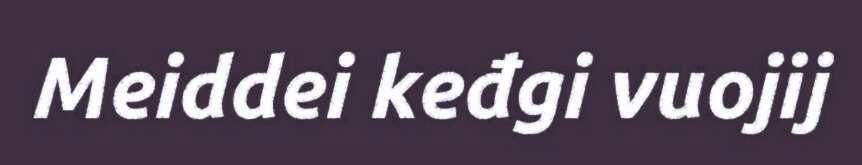
Meiddei keđgi vuojij